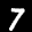
Label: 7